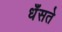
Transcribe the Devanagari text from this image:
धँसते